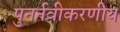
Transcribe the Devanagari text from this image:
पुनर्नवीकरणीय